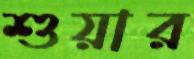
শুয়ার